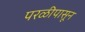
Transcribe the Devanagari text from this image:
परळीपासून